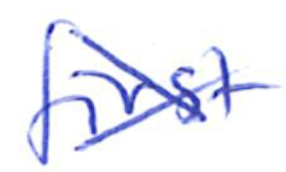
Text: first
Cross-out: cross
Writing tool: ballpoint